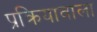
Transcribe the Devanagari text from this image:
प्रक्रियावाला